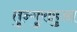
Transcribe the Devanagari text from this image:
तुन्गुराहुआ